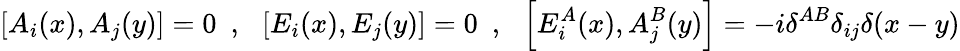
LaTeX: \left[A_{i}(x),A_{j}(y)\right]=0~~,~~\left[E_{i}(x),E_{j}(y)\right]=0~~,~~\left[E_{i}^{A}(x),A_{j}^{B}(y)\right]=-i\delta^{AB}\delta_{ij}\delta(x-y)